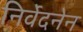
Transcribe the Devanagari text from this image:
निर्वेदनेन